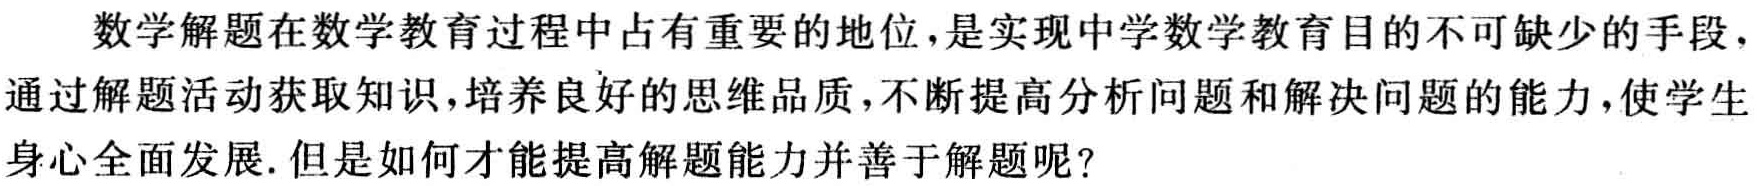
数学解题在数学教育过程中占有重要的地位，是实现中学数学教育目的不可缺少的手段，通过解题活动获取知识，培养良好的思维品质，不断提高分析问题和解决问题的能力，使学生身心全面发展. 但是如何才能提高解题能力并善于解题呢？